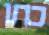
כחו